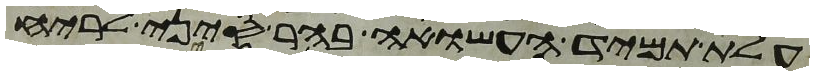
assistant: עלת תמיד העשויה בהר סיני לריח